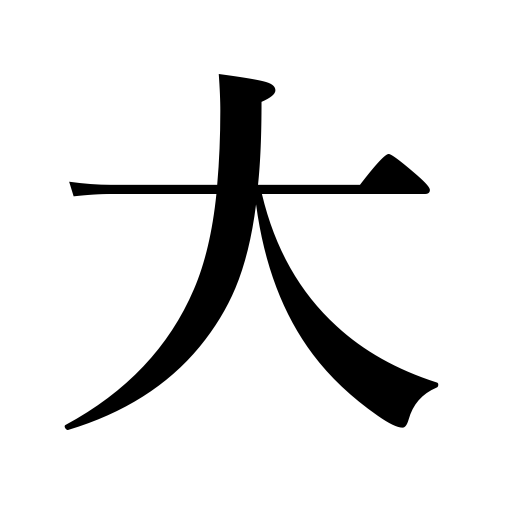
Meanings: exceedingly,success,grand,full-size,severe damage,immense,heavy rain,great,size,the greater,mighty,greatly,large,huge,severe,loud voice,much,heavy,life-size,inveterate smoker,very